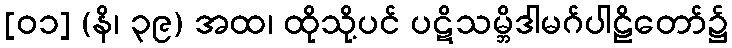
[၀၁] (နိ၊ ၃၉) အထ၊ ထိုသို့ပင် ပဋိသမ္ဘိဒါမဂ်ပါဠိတော်၌